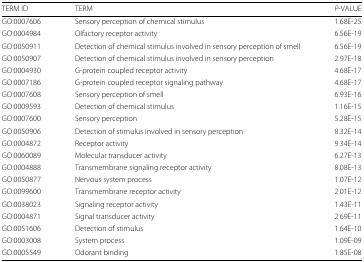
| TERM ID | TERM | P-VALUE |
 | --- | --- | --- |
 | GO:0007606 | Sensory perception of chemical stimulus | 1.68E-25 |
 | GO:0004984 | Olfactory receptor activity | 6.56E-19 |
 | GO:0050911 | Detection of chemical stimulus involved in sensory perception of smell | 6.56E-19 |
 | GO:0050907 | Detection of chemical stimulus involved in sensory perception | 2.97E-18 |
 | GO:0004930 | G-protein coupled receptor activity | 4.68E-17 |
 | GO:0007186 | G-protein coupled receptor signaling pathway | 4.68E-17 |
 | GO:0007608 | Sensory perception of smell | 6.93E-16 |
 | GO:0009593 | Detection of chemical stimulus | 1.16E-15 |
 | GO:0007600 | Sensory perception | 5.28E-15 |
 | GO:0050906 | Detection of stimulus involved in sensory perception | 8.32E-14 |
 | GO:0004872 | Receptor activity | 9.34E-14 |
 | GO:0060089 | Molecular transducer activity | 6.27E-13 |
 | GO:0004888 | Transmembrane signaling receptor activity | 8.08E-13 |
 | GO:0050877 | Nervous system process | 1.07E-12 |
 | GO:0099600 | Transmembrane receptor activity | 2.01E-12 |
 | GO:0038023 | Signaling receptor activity | 1.43E-11 |
 | GO:0004871 | Signal transducer activity | 2.69E-11 |
 | GO:0051606 | Detection of stimulus | 1.64E-10 |
 | GO:0003008 | System process | 1.09E-09 |
 | GO:0005549 | Odorant binding | 1.85E-08 |